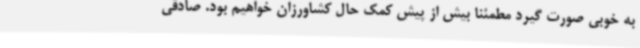
به خوبی صورت گیرد مطمئنا بیش از پیش کمک حال کشاورزان خواهیم بود. صادقی